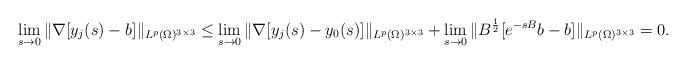
LaTeX: \begin{align*} \lim_{s \to 0} \| \nabla [y_j (s) - b] \|_{L^p(\Omega)^{3 \times 3}} \leq \lim_{s \to 0} \| \nabla [y_j (s) - y_0 (s)] \|_{L^p(\Omega)^{3 \times 3}} + \lim_{s \to 0} \| B^{\frac{1}{2}} [e^{- s B} b - b] \|_{L^p (\Omega)^{3 \times 3}} = 0.\end{align*}